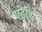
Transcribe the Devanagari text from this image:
एइचि